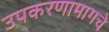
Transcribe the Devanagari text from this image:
उपकरणामागचे